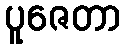
ပူဇေတာ